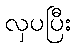
လှပပြီး